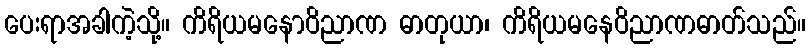
ပေးရာအခါကဲ့သို့။ ကိရိယမနောဝိညာဏ ဓာတုယာ၊ ကိရိယမနေဝိညာဏဓာတ်သည်။